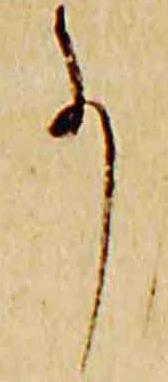
事